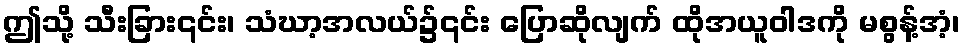
ဤသို့ သီးခြား၎င်း၊ သံဃာ့အလယ်၌၎င်း ပြောဆိုလျက် ထိုအယူဝါဒကို မစွန့်အံ့၊